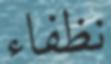
نظفاء